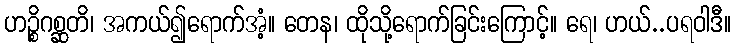
ဟဉ္စိဂစ္ဆတိ၊ အကယ်၍ရောက်အံ့။ တေန၊ ထိုသို့ရောက်ခြင်းကြောင့်။ ရေ၊ ဟယ်..ပရဝါဒီ။